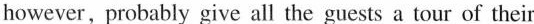
however,probably give all the guests a tour of their